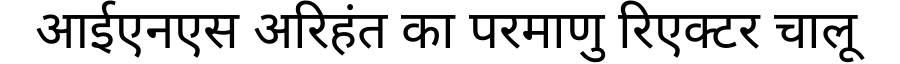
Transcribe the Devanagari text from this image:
आईएनएस अरिहंत का परमाणु रिएक्टर चालू